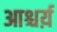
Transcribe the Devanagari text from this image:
आश्चर्य़